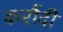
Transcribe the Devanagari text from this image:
करौंदी